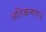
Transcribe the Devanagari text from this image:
अतिक्रमण।